Civil Veterinary Department Bihar & Orissa reports 1911-21 - 1911-1921
Year: 1911
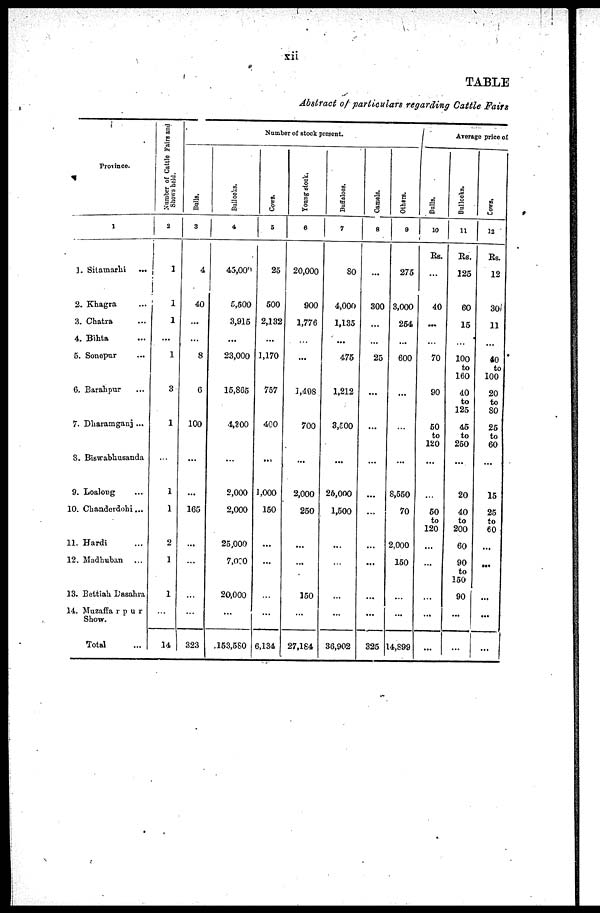
xii
TABLE
Abstract of particulars regarding Cattle Fairs
Province.
1
1. Sitamarhi
...
2. Khagra ...
3. Chatra ...
4. Bihta ...
5. Sonepur ...
6. Barahpur ...
7. Dharamganj ...
S. Biswabhusanda
9. Loalong ...
10. Chanderdohi ...
11. Hardi ...
12. Madhuban ...
13. Bettiah Dasahra
14. Muzaffarpur
Show.
Total ...
Number of Cattle Fairs and
Shows held.
2
1
1
1
...
1
3
1
...
1
1
2
1
1
...
14
Number of stock present.
Balls.
3
4
40
...
...
8
6
100
...
...
165
...
...
...
323
Bullocks.
4
45,000
5,500
3,915
...
23,000
15,865
4,300
...
2,000
2,000
25,000
7,o:0
20,000
...
153,580
Cows.
5
25
500
2,132
...
1,170
757
400
...
1,000
150
...
...
...
...
6,134
Young stock.
6
20,000
900
1,776
...
...
1,408
700
...
2,000
250
...
...
150
...
27,164
Buffaloes.
7
80
4,000
1,135
...
475
1,212
3,500
...
26,000
1,500
...
...
...
...
36,902
Camels.
8
...
300
...
25
...
...
...
...
...
...
...
...
...
325
Others.
9
275
3,000
254
...
600
...
...
...
8,550
70
2,000
150
...
...
14,899
Average price of
Bulls.
10
Rs.
...
40
...
...
70
90
50
to
120
...
...
50
to
120
...
...
...
...
...
Bullocks.
11
Rs.
225
60
15
100
to
160
40
to
125
45
to
250
...
20
40
to
200
60
90
to
150
90
...
...
Cows.
12
Rs.
12
30
11
...
40
to
100
20
to
80
25
to
60
...
15
25
to
60
...
...
...
...
...